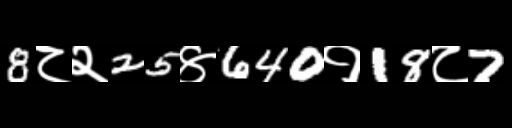
Text: 8८२25४640१18८7